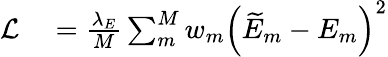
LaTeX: \begin{array}{rl}{\mathcal{L}}&{{}=\frac{\lambda_{E}}{M}\sum_{m}^{M}w_{m}\left(\widetilde{E}_{m}-E_{m}\right)^{2}}\end{array}